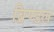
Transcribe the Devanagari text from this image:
ब्रिण्डल